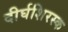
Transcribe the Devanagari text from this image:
दीर्घशिरस्क